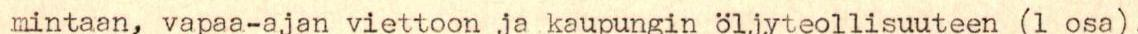
mintaan, vapaa-ajan viettoon ja kaupungin Öljyteollisuuteen (1 osa).